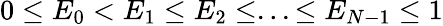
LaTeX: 0\le E_{0}<E_{1}\le E_{2}\le...\le E_{N-1}\le 1